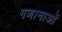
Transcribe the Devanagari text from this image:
गणानाओं